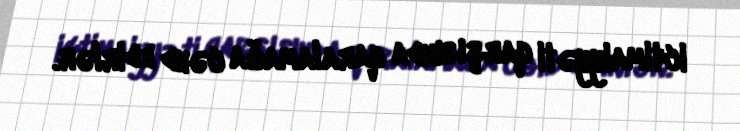
ictimaiyyəti qarşısında qaralamağa cəhd edirlər.